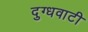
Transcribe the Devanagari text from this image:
दुग्धवाटी